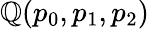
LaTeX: \mathbb{Q}(p_{0},p_{1},p_{2})